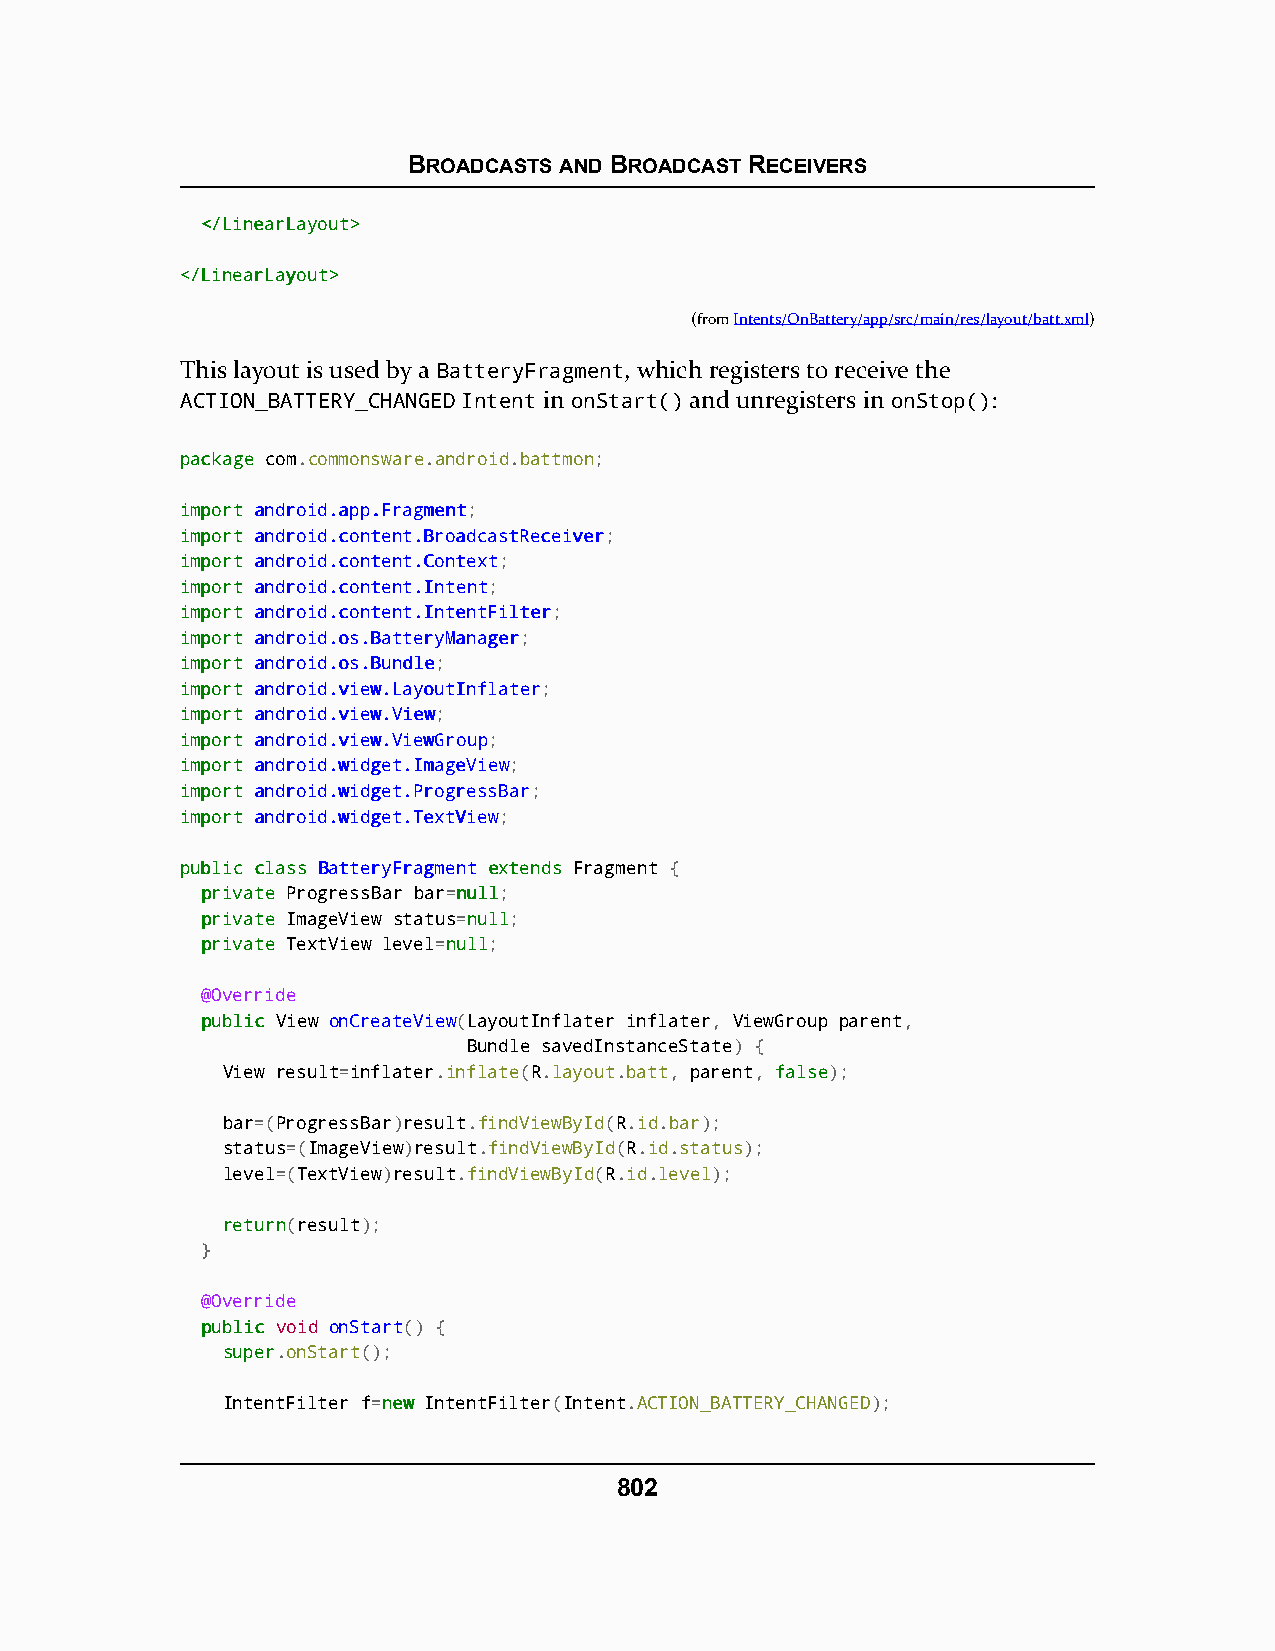
BROADCASTS AND BROADCAST RECEIVERS
 <<//LLiinneeaarrLLaayyoouutt>>
 <<//LLiinneeaarrLLaayyoouutt>>
 (fromIntents/OnBattery/app/src/main/res/layout/batt.xml)
 This layout is used by a BatteryFragment, which registers to receive the
 ACTION_BATTERY_CHANGED Intent in onStart() and unregisters in onStop():
 ppaacckkaaggee com.commonsware.android.battmon;
 iimmppoorrtt aannddrrooiidd..aapppp..FFrraaggmmeenntt;
 iimmppoorrtt aannddrrooiidd..ccoonntteenntt..BBrrooaaddccaassttRReecceeiivveerr;
 iimmppoorrtt aannddrrooiidd..ccoonntteenntt..CCoonntteexxtt;
 iimmppoorrtt aannddrrooiidd..ccoonntteenntt..IInntteenntt;
 iimmppoorrtt aannddrrooiidd..ccoonntteenntt..IInntteennttFFiilltteerr;
 iimmppoorrtt aannddrrooiidd..ooss..BBaatttteerryyMMaannaaggeerr;
 iimmppoorrtt aannddrrooiidd..ooss..BBuunnddllee;
 iimmppoorrtt aannddrrooiidd..vviieeww..LLaayyoouuttIInnffllaatteerr;
 iimmppoorrtt aannddrrooiidd..vviieeww..VViieeww;
 iimmppoorrtt aannddrrooiidd..vviieeww..VViieewwGGrroouupp;
 iimmppoorrtt aannddrrooiidd..wwiiddggeett..IImmaaggeeVViieeww;
 iimmppoorrtt aannddrrooiidd..wwiiddggeett..PPrrooggrreessssBBaarr;
 iimmppoorrtt aannddrrooiidd..wwiiddggeett..TTeexxttVViieeww;
 ppuubblliicc ccllaassss BBaatttteerryyFFrraaggmmeenntt eexxtteennddss Fragment {
 pprriivvaattee ProgressBar bar=nnuullll;
 pprriivvaattee ImageView status=nnuullll;
 pprriivvaattee TextView level=nnuullll;
 @Override
 ppuubblliicc View onCreateView(LayoutInflater inflater, ViewGroup parent,
 Bundle savedInstanceState) {
 View result=inflater.inflate(R.layout.batt, parent, ffaallssee);
 bar=(ProgressBar)result.findViewById(R.id.bar);
 status=(ImageView)result.findViewById(R.id.status);
 level=(TextView)result.findViewById(R.id.level);
 rreettuurrnn(result);
 }
 @Override
 ppuubblliicc void onStart() {
 ssuuppeerr.onStart();
 IntentFilter f=nneeww IntentFilter(Intent.ACTION_BATTERY_CHANGED);
 802